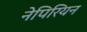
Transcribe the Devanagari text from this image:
नेपिरियन